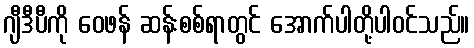
ဂျီဒီပီကို ဝေဖန် ဆန်းစစ်ရာတွင် အောက်ပါတို့ပါဝင်သည်။